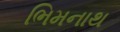
ભિમનાથ